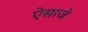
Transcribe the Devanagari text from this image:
ऐसाजे